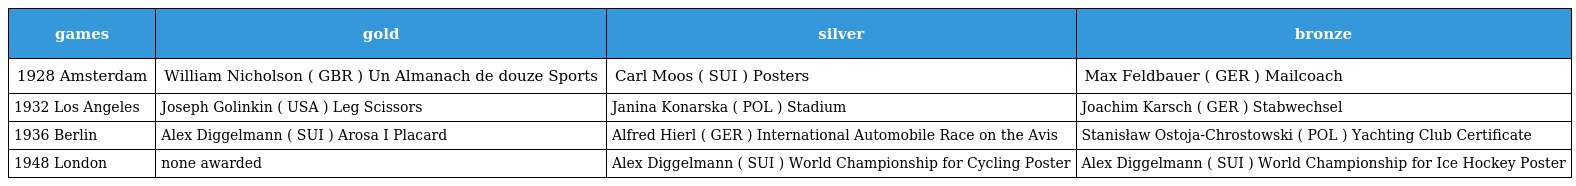
| games | gold | silver | bronze |
 | --- | --- | --- | --- |
 | 1928 Amsterdam | William Nicholson ( GBR ) Un Almanach de douze Sports | Carl Moos ( SUI ) Posters | Max Feldbauer ( GER ) Mailcoach |
 | 1932 Los Angeles | Joseph Golinkin ( USA ) Leg Scissors | Janina Konarska ( POL ) Stadium | Joachim Karsch ( GER ) Stabwechsel |
 | 1936 Berlin | Alex Diggelmann ( SUI ) Arosa I Placard | Alfred Hierl ( GER ) International Automobile Race on the Avis | Stanisław Ostoja-Chrostowski ( POL ) Yachting Club Certificate |
 | 1948 London | none awarded | Alex Diggelmann ( SUI ) World Championship for Cycling Poster | Alex Diggelmann ( SUI ) World Championship for Ice Hockey Poster |